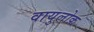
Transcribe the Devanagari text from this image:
वायुलोक